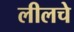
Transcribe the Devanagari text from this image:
लीलचे